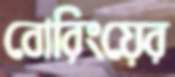
বোরিংয়ের